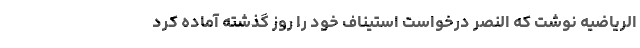
الریاضیه نوشت که النصر درخواست استیناف خود را روز گذشته آماده کرد